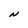
Character: N